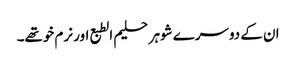
ان کے دوسرے شوہر حلیم الطبع اور نرم خوتھے۔